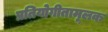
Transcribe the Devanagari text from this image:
प्रतियोगीतामूलक